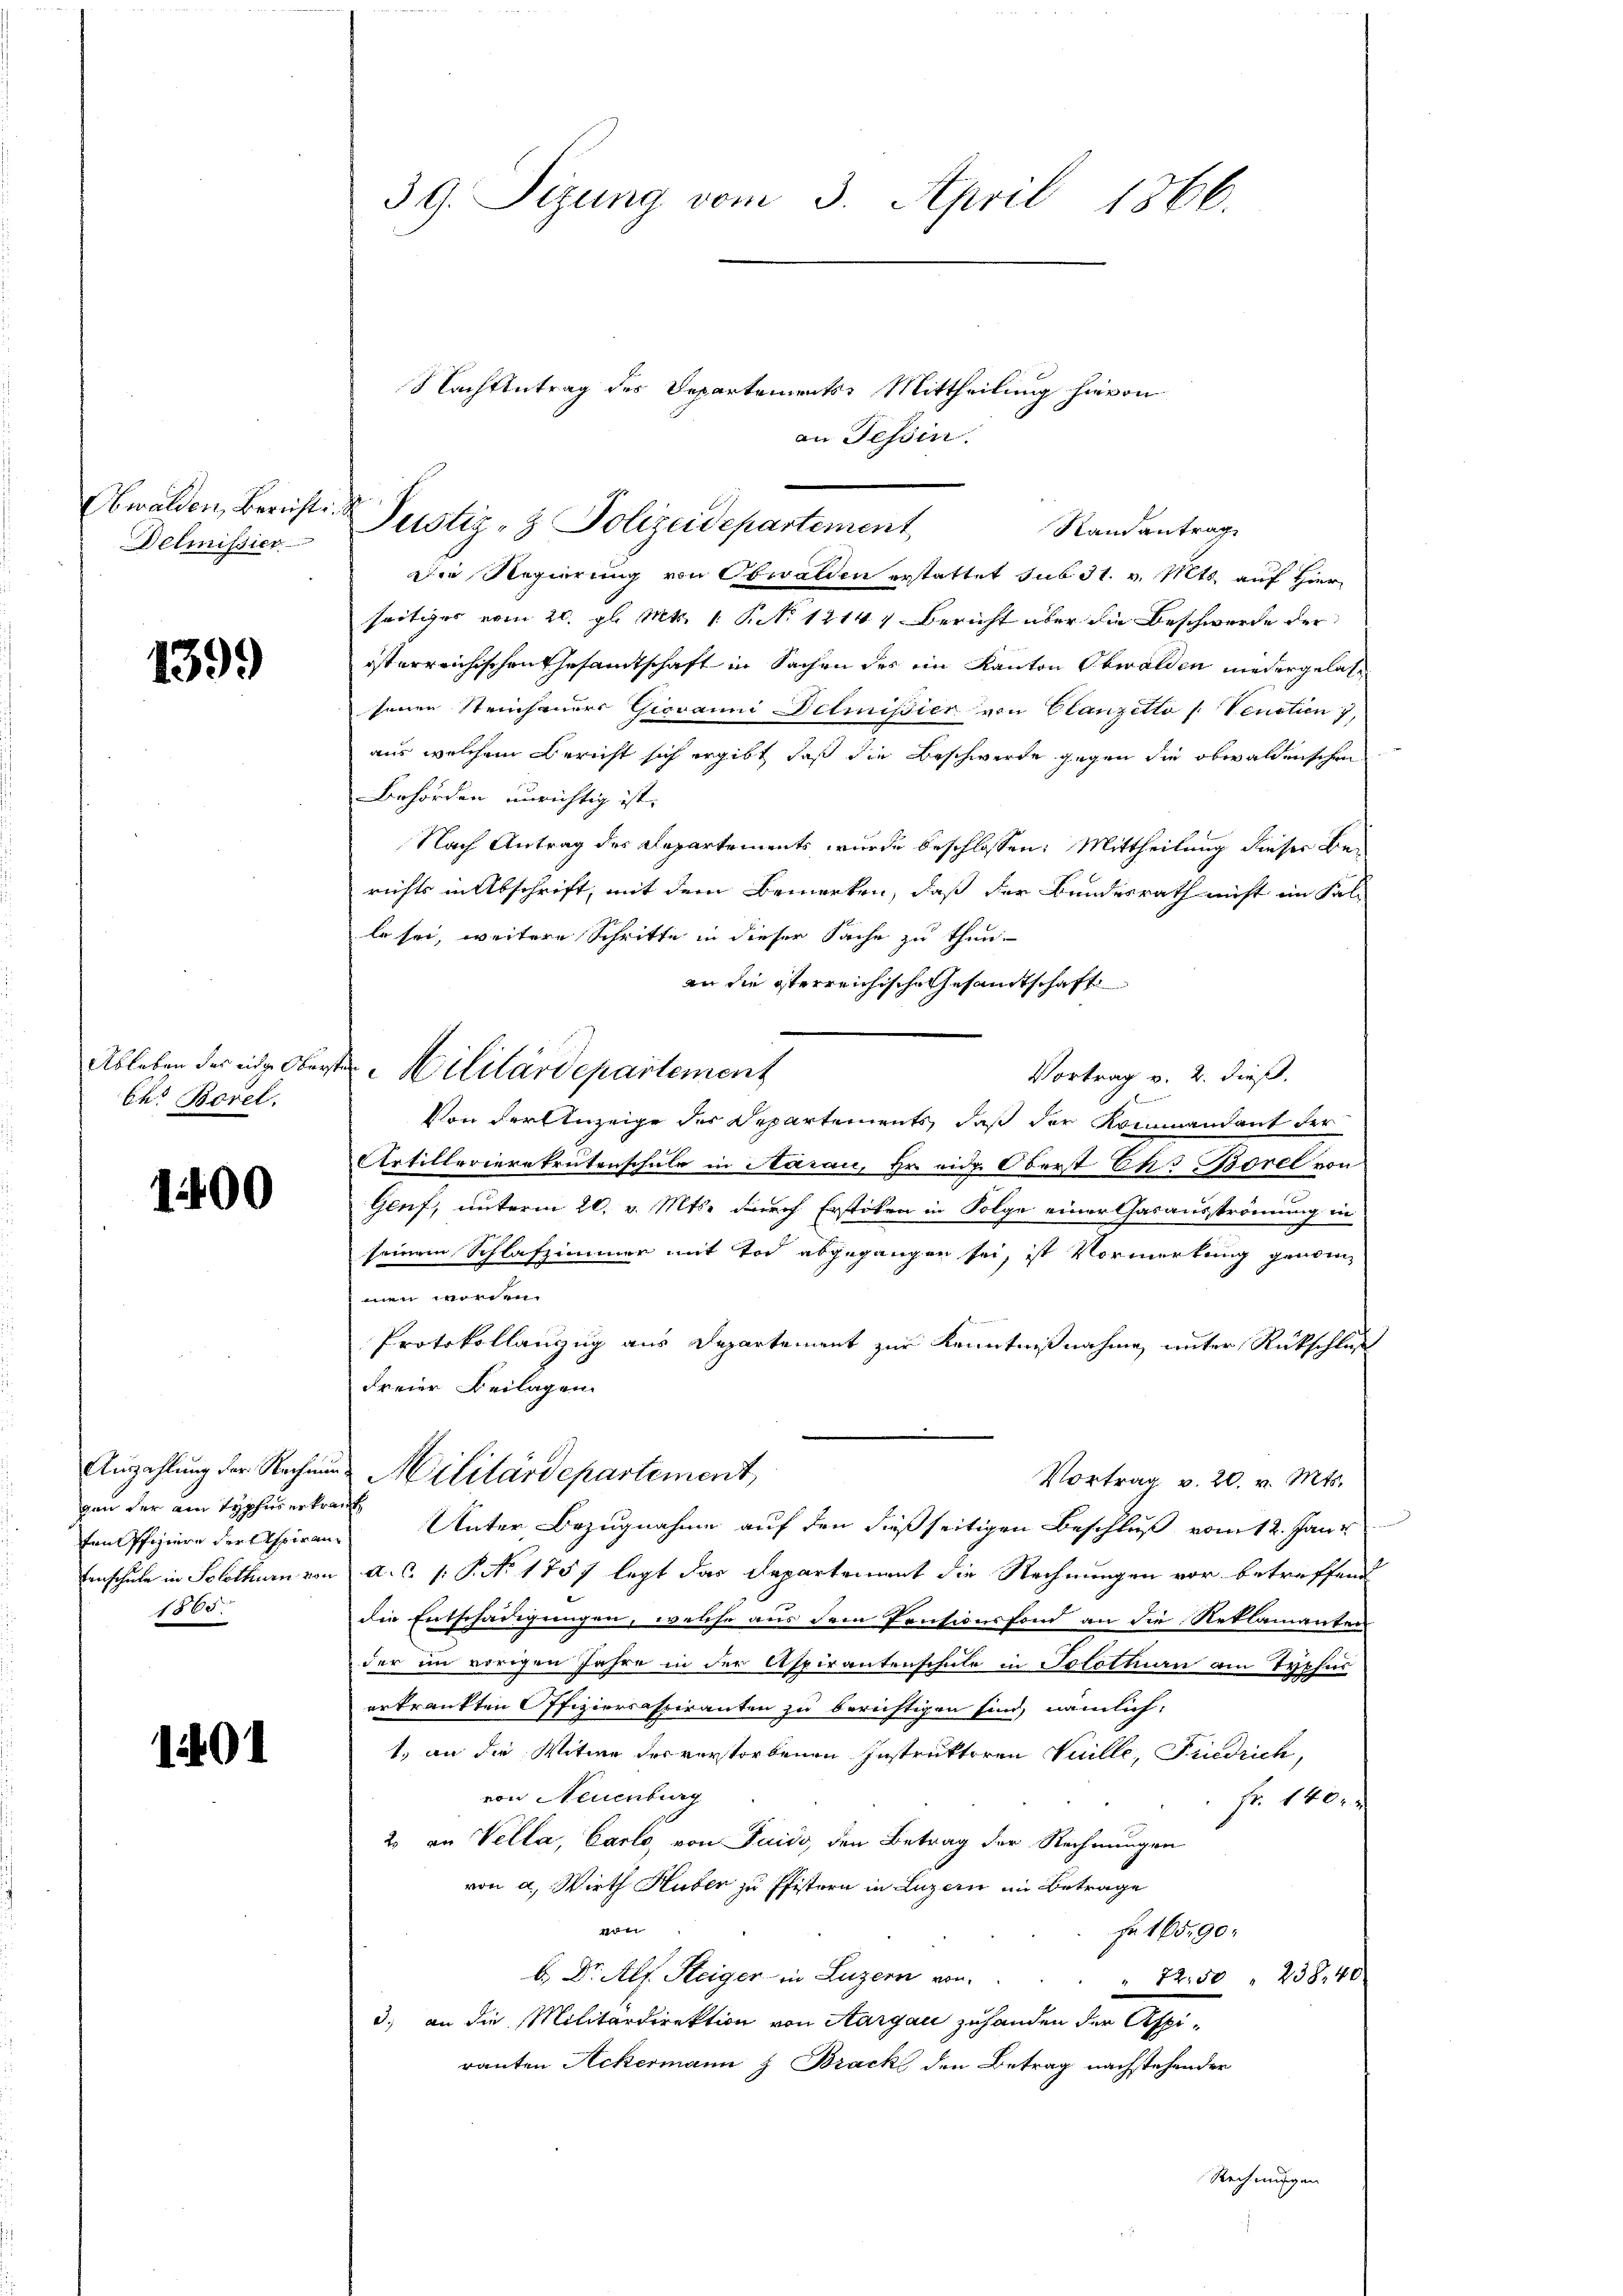
Obwalden, Bericht
Delmissier

1399

Ableben des eidge Ober
Ehr Borel.

1400

Anzahlung der Rechnun
gen der ain Topfes ertra¬
Einschule in Solothurn von
1865.

1401

39. Sizung vom 3. April 1866.

Nachbetrag des Departements Mittheilung hievon
an Tessin.
Justiz- & Polizeidepartement
Randantrag
Die Regierung von Obwalden erstattet sub 31. v. Mts. auf Hier
seitiges vom 20. gl. Mts. 1. P. 1214, Bericht über die Beschwerde der
isterreichischen Gesamtschaft in Sachen des im Kanton Obwalden niedergelassenen Steinhauers Giovanni Detmisier von Clanzetto Venetien 7,
aus welchem Bericht sich ergibt daß die Beschwerde gegen die obwaldenschen
Behörden unrichtig ist.
Nach Antrag des Departements wurde beschlossen: Mittheilung dieser Berichts in Abschrift, mit dem Bemerken, daß der Bundesrath nicht im Fal-
lo sei, weitere Schritte in dieser Sache zu thun.
an die sterreichische Gesandtschaft
 Militärdepartement
Vortrag v. 2. dieß.
1
Von der Anzeige des Departements, daß der Kommandant der
Artillerierekrutenschule in Aarau, Hr. ein Oberst Elis Borel von
Genf, unterm 20. v. Mts. durch Erstiken in Folge einer Gasanströmung in
seinem Schlafzimmer mit Tod abgegangen sei, ist Vormerkung genom
men worden.
Protokollanzug aus Departement zur Kenntnißnahme unter Rückschluß
Freier Beilagen
Militärdepartement,
Vortrag v. 20. v. Mts.
fen Offiziere der Aspiranz Unter Bezugnahme auf den dießseitigen Beschluß vom 12. Janr
a.c. (: P. No. 1757 legt das Departement die Rechnungen vor betreffend
die Entschädigungen, welche aus dem Pensionsfond an die Reklamanten
der im vorigen Jahre in der Aspirantenschule in Solotten am Typhus
erkrankten Offiziercaspiranten zu berichtigen sind, nämlich,
1. an die Witwe der verstorbenen Instruktoren Vuille, Friedrich,
von Neuenburg
fr. 140 x
2 an Vella, Carlo, von Faids, den Betrag der Rechnungen
von a. Wirth Huber zu Pfistern in Luzern im Betrage
18
Nr 165. 90
b.) Dr. Alf. Steiger in Luzern von
" 22.50 " 238. 40
d. an die Militärdirektion von Aargau zuhanden der Aspiranten Ackermann & Brack den Betrag nachstehender
Rechnungen